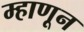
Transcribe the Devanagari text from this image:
म्हाणून